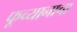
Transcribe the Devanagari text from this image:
फूच्यानाचा